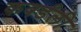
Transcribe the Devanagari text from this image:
कवर्डली